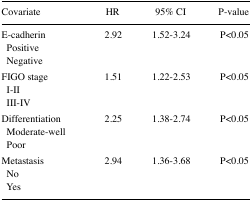
<table><thead><tr><td><b>Covariate</b></td><td><b>HR</b></td><td><b>95% CI</b></td><td><b>P-value</b></td></tr></thead><tbody><tr><td>E-cadherin</td><td>2.92</td><td>1.52–3.24</td><td>P&lt;0.05</td></tr><tr><td> Positive</td><td></td><td></td><td></td></tr><tr><td> Negative</td><td></td><td></td><td></td></tr><tr><td>FIGO stage</td><td>1.51</td><td>1.22–2.53</td><td>P&lt;0.05</td></tr><tr><td> I–II</td><td></td><td></td><td></td></tr><tr><td> III–IV</td><td></td><td></td><td></td></tr><tr><td>Differentiation</td><td>2.25</td><td>1.38–2.74</td><td>P&lt;0.05</td></tr><tr><td> Moderate-well</td><td></td><td></td><td></td></tr><tr><td> Poor</td><td></td><td></td><td></td></tr><tr><td>Metastasis</td><td>2.94</td><td>1.36–3.68</td><td>P&lt;0.05</td></tr><tr><td> No</td><td></td><td></td><td></td></tr><tr><td> Yes</td><td></td><td></td><td></td></tr></tbody></table>